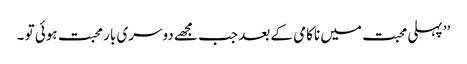
’’ پہلی محبت میں ناکامی کے بعد جب مجھے دوسری بار محبت ہوئی تو ۔